Leaving Certificate Examination, 1908
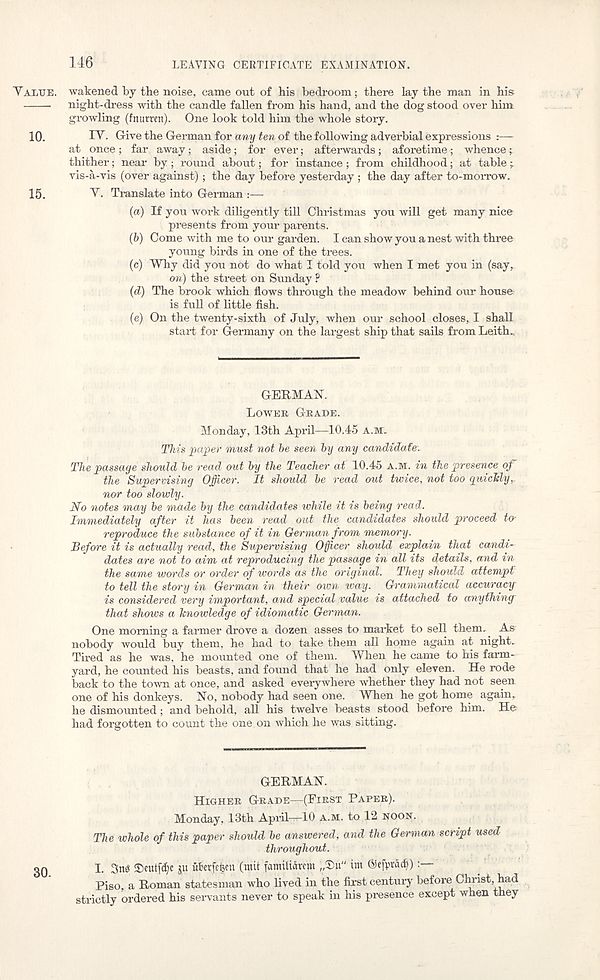
146
LEAVING CERTIFICATE EXAMINATION.
YALTJB. wakened by the noise, came out of his bedroom; there lay the man in his
night-dress with the candle fallen from his hand, and the dog stood over him
growling (fnurmt). One look told him the whole story.
10.
IV. Give the German for any ten of the following adverbial expressions :—
at once; far away; aside; for ever; afterwards; aforetime; whence;
thither; near by ; round about; for instance ; from childhood; at table;
vis-a-vis (over against); the day before yesterday ; the day after to-morrow.
15.
V. Translate into German :—
(a) If you work diligently till Christmas you will get many nice
presents from your parents.
(b) Come with me to our garden. I can show you a nest with three
young birds in one of the trees.
(c) Why did you not do what I told you when I met you in (say,
on) the street on Sunday ?
(d) The brook which flows through the meadow behind our house
is full of little fish.
(e) On the twenty-sixth of July, when our school closes, I shall
start for Germany on the largest ship that sails from Leith,
GERMAN.
LOWER GRADE.
Monday, 13th April—10.45 A.M.
This paper must not be seen by any candidate'.
The passage should be read out by the Teacher at 10.45 A.M. in the presence of
the Supervising Officer. It should be read out twice, not too quickly,
nor too slowly.
No notes may be made by the candidates while it is being read.
Immediately after it has been read out the candidates should proceed to'
reproduce the substance of it in German from memory.
Before it is actually read, the Supervising Officer should explain that candi-
dates are not to aim at reproducing the passage in all its details, and in
the same words or order of words as the original. They should attempt
to tell the story in German in their own ivay. Grammatical accuracy
is considered very important, and special value is attached to anything
that shows a knowledge of idiomatic German.
One morning a farmer drove a dozen asses to market to sell them.. As-
nobody would buy them, he had to take them all home again at night.
Tired as he was, he mounted one of them. When he came to his farm-
yard, he counted his beasts, and found that he had only eleven. He rode
back to the town at once, and asked everywhere whether they had not seen
one of his donkeys. No, nobody had seen one. When he got home again,
he dismounted; and behold, all his twelve beasts stood before him. He
had forgotten to count the one on which he was sitting.
GERMAN.
HIGHER GRADE—(FIRST PAPER).
Monday, 13th April—10 A.M. to 12 NOON.
The whole of this paper should be answered, and the German script used
throughout.
I. 3ns ®eutfd)e ju uberfeijen (wit famitictrew „®u" tm ©ejpracf))
Piso, a Roman statesman who lived in the first century before Christ, had
strictly ordered his servants never to speak in his presence except when they